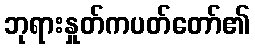
ဘုရားနှုတ်ကပတ်တော်၏